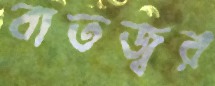
বাতজ্বর